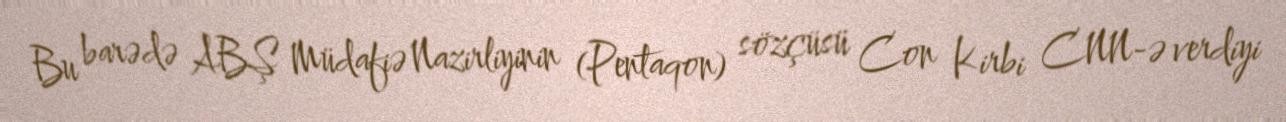
Bu barədə ABŞ Müdafiə Nazirliyinin (Pentaqon) sözçüsü Con Kirbi CNN-ə verdiyi